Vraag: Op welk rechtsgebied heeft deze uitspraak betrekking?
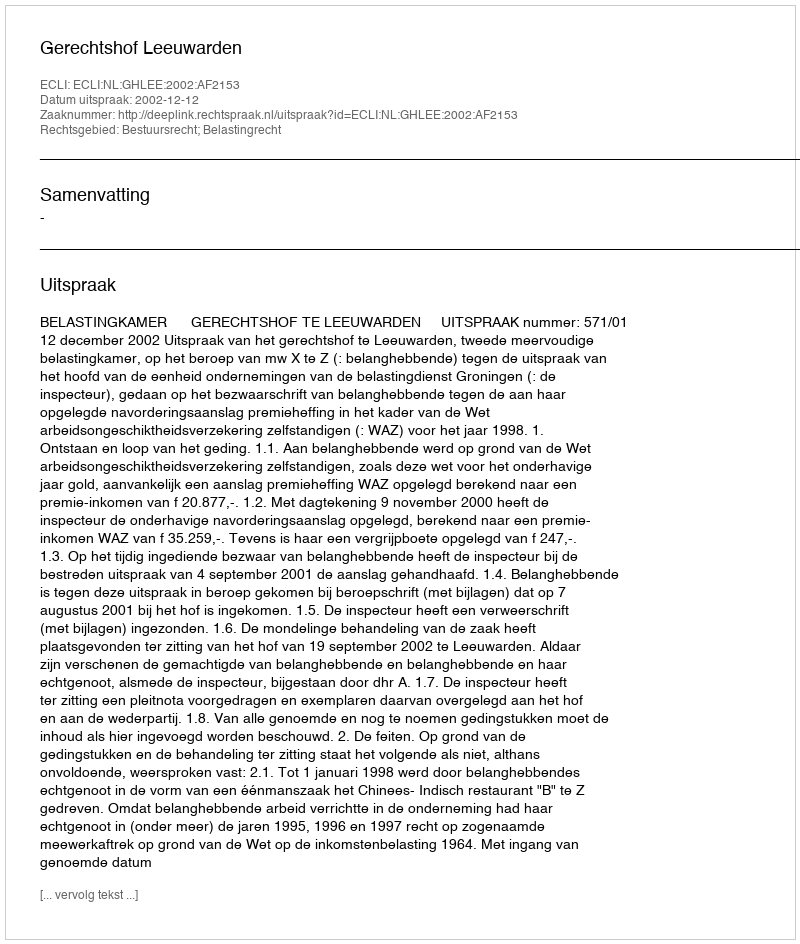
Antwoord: Bestuursrecht; Belastingrecht